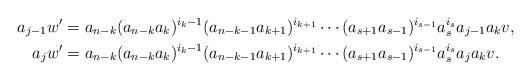
LaTeX: \begin{align*}a_{j-1}w' & =a_{n-k}(a_{n-k}a_k)^{i_k-1}(a_{n-k-1}a_{k+1})^{i_{k+1}}\dotsm(a_{s+1}a_{s-1})^{i_{s-1}}a_s^{i_s}a_{j-1}a_kv,\\a_jw' & =a_{n-k}(a_{n-k}a_k)^{i_k-1}(a_{n-k-1}a_{k+1})^{i_{k+1}}\dotsm(a_{s+1}a_{s-1})^{i_{s-1}}a_s^{i_s}a_ja_kv.\end{align*}